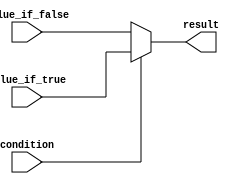
module conditional_assignment (
    input wire condition,        // Condition signal
    input wire value_if_true,   // Value assigned if condition is true
    input wire value_if_false,  // Value assigned if condition is false
    output reg result           // Output signal holding the result
);

// Combinational logic for conditional assignment
always @(*) begin
    result = (condition) ? value_if_true : value_if_false;
end

endmodule